Report on horse surra - Volume II, Part II
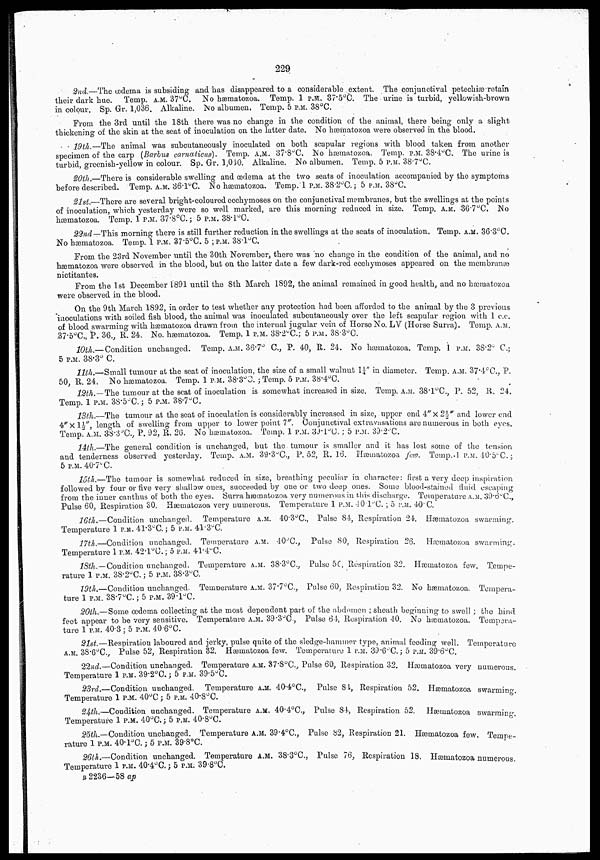
229
2nd.—The œdema is subsiding and has disappeared to a considerable extent. The conjunctival petechiæ retain
their dark hue. Temp. A.M. 37°C. No hæmatozoa. Temp. 1 P.M. 37.5°C. The urine is turbid, yellowish-brown
in colour. Sp. Gr. 1,036. Alkaline. NO albumen. Temp. 5 P.M. 38°C.
From the 3rd until the 18th there was no change in the condition of the animal, there being only a slight
thickening of the skin at the seat of inoculation on the latter date. No hæmatozoa were observed in the blood.
19th.—The animal was subcutaneously inoculated on both scapular regions with blood taken from another
specimen of the carp (Barbus carnaticus). Temp. A.M. 37.8°C. No hæmatozoa. Temp. P.M. 38.4°C. The urine is
turbid, greenish-yellow in colour. Sp. Gr. 1,040. Alkaline. No albumen. Temp. 5 P.M. 38.7°C.
20th.—There is considerable swelling and œdema at the two seats of inoculation accompanied by the symptoms
before described. Temp. A.M. 36.1°C. No hæmatozoa. Temp. 1 P.M. 38.2°C.; 5 P.M. 38°C.
21st.—There are several bright-coloured ecchymoses on the conjunctival membranes, but the swellings at the points
of inoculation, which yesterday were so well marked, are this morning reduced in size. Temp. A.M. 36.7°C. NO
hæmatozoa. Temp. 1 P.M. 37.8°C.; 5 P.M. 38.1°C.
22nd—This morning there is still further reduction in the swellings at the seats of inoculation. Temp. A.M. 36.3°C.
No hæmatozoa. Temp. 1 P.M. 37.5°C. 5 ; P.M. 38.1°C.
From the 23rd November until the 30th November, there was no change in the condition of the animal, and no
hæmatozoa were observed in the blood, but on the latter date a few dark-red ecchymoses appeared on the membranæ
nictitantes.
From the 1st December 1891 until the 8th March. 1892, the animal remained in good health, and no hæmatozoa
were observed in the blood.
On the 9th March 1892, in order to test whether any protection had been afforded to the animal by the 3 previous
inoculations with soiled fish blood, the animal was inoculated subcutaneously over the left scapular region with 1 c.c.
of blood swarming with hæmatozoa drawn from the internal jugular vein of Horse No. LV (Horse Surra ). Temp. A.M.
37.5°C., P. 36., R. 24. No. hæmatozoa. Temp. 1 P.M. 38.2°C.; 5 P.M. 38.3°C.
10th.— Condition unchanged. Temp. A.M. 36.7° C., P. 40, R. 24. No hæmatozoa. Temp. 1 P.M. 38.2° C.;
5 P.M. 38.3° C.
11th.—Small tumour at the seat of inoculation, the size of a small walnut 1¼" in diameter. Temp. A.M. 37.4°C., P.
50, R. 24. No hæmatozoa. Temp. 1 P.M. 38.3°C. ; Temp. 5 P.M. 38.4°C.
12th.—The tumour at the seat of inoculation is somewhat increased in size. Temp. A.M. 38.1°C., P. 52, R. 24.
Temp. 1 P.M. 38.5°C. ; 5 P.M. 38.7°C.
13th.—The tumour at the seat of inoculation is considerably increased in size, upper end 4"×2½" and lower end
4"×1½", length of swelling from upper to lower point 7". Conjunctival extravasations are numerous in both eyes.
Temp. A.M. 38.3°C., P. 92, R. 26. No hæmatozoa. Temp. 1 P.M. 39.1°C. ; 5 P.M. 39.2°C.
14th.—The general condition is unchanged, but the tumour is smaller and it has lost some of the tension
and tenderness observed yesterday. Temp. A.M. 39.3°C., P. 52, R. 16. Hæmatozoa few. Temp .1 P.M. 40.5°C.;
5 P.M. 40.7°C.
15th.—The tumour is somewhat reduced in size, breathing peculiar in character: first a very deep inspiration
followed by four or five very shallow ones, succeeded by one or two deep ones. Some blood-stained fluid escaping
from the inner canthus of both the eyes. Surra hæmatozoa very numerous in this discharge. Temperature A.M. 39.6°C.,
Pulse 60, Respiration 30. Hæmatozoa very numerous. Temperature 1 P.M. 40.1 °C. ; 5
P.M.
40°C.
16th.—Condition unchanged. Temperature A.M. 40.3°C., Pulse 84, Respiration 24. Hæmatozoa swarming
Temperature 1 P.M. 41.3°C. ; 5 P.M. 41.3°C.
17th.—Condition unchanged Temperature A.M. 40°C., Pulse 80, Respiration 26. Hæmatozoa swarming
Temperature 1 P.M. 42.1° C.; 5 P.M. 41.4°C.
18th.—Condition unchanged. Temperature A.M. 38.3°C., Pulse 56, Respiration 32. Hæmatozoa few Tempe¬
rature 1 P.M. 38.2°C. ; 5 P.M. 38.3°C.
19th.—Condition unchanged. Temperature A.M. 37.7°C., Pulse 60, Respiration 32 No hæmatozoa Tempera¬
ture 1 P.M. 38.7°C.; 5 P.M. 39.1°C.
20th.— Some œdema collecting at the most dependent part of the abdomen ; sheath beginning to swell ; the hind
feet appear to be very sensitive. Temperature A.M. 39.3°C., Pulse 64, Respiration 40. No hæmatozoa. Tempera¬
ture 1 P.M. 40.3 ; 5 P.M. 40.6°C.
21st.—Respiration laboured and jerky, pulse quite of the sledge-hammer type, animal feeding well. Temperature
A.M. 38.6°C., Pulse 52, Respiration 32. Hæmatozoa few. Temperature 1 P.M. 39.6°C.; 5 P.M..39.6°C.
22nd.—Condition unchanged. Temperature A.M. 37.8°C., Pulse 60, Respiration 32. Hæmatozoa very numerous.
Temperature 1 P.M. 39.2°C.; 5 P.M. 39.5°C.
23rd.—Condition unchanged. Temperature A.M. 40.4°C., Pulse 84, Respiration 52. Hæmatozoa swarming.
Temperature 1 P.M. 40°C ; 5 P.M. 40.8°C.
24th.—Condition unchanged. Temperature A.M. 40.4°C., Pulse 84, Resniration 52. Hæmatozoa swarming.
Temperature 1 P.M. 40°C.; 5 P.M. 40.8°C.
25th.—Condition unchanged. Temperature A.M. 39.4°C., Pulse 82, Respiration 21. Hæmatozon few. Tempe¬
rature 1 P.M. 40. 1°C.; 5 P.M. 39.8°C.
26th.—Condition unchanged. Temperature A.M. 38.3°C., Pulse 76, Respiration 18. Hæmatozoa numerous.
Temperature 1 P.M. 40.4°C.; 5 P.M.39.8°C.
B 2236—58 ap